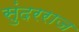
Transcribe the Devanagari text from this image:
सुंदरराज